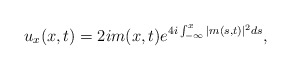
\begin{align*}u_x(x,t)= 2i m(x,t) e^{4i \int_{-\infty}^x |m(s,t)|^2 ds}, \end{align*}